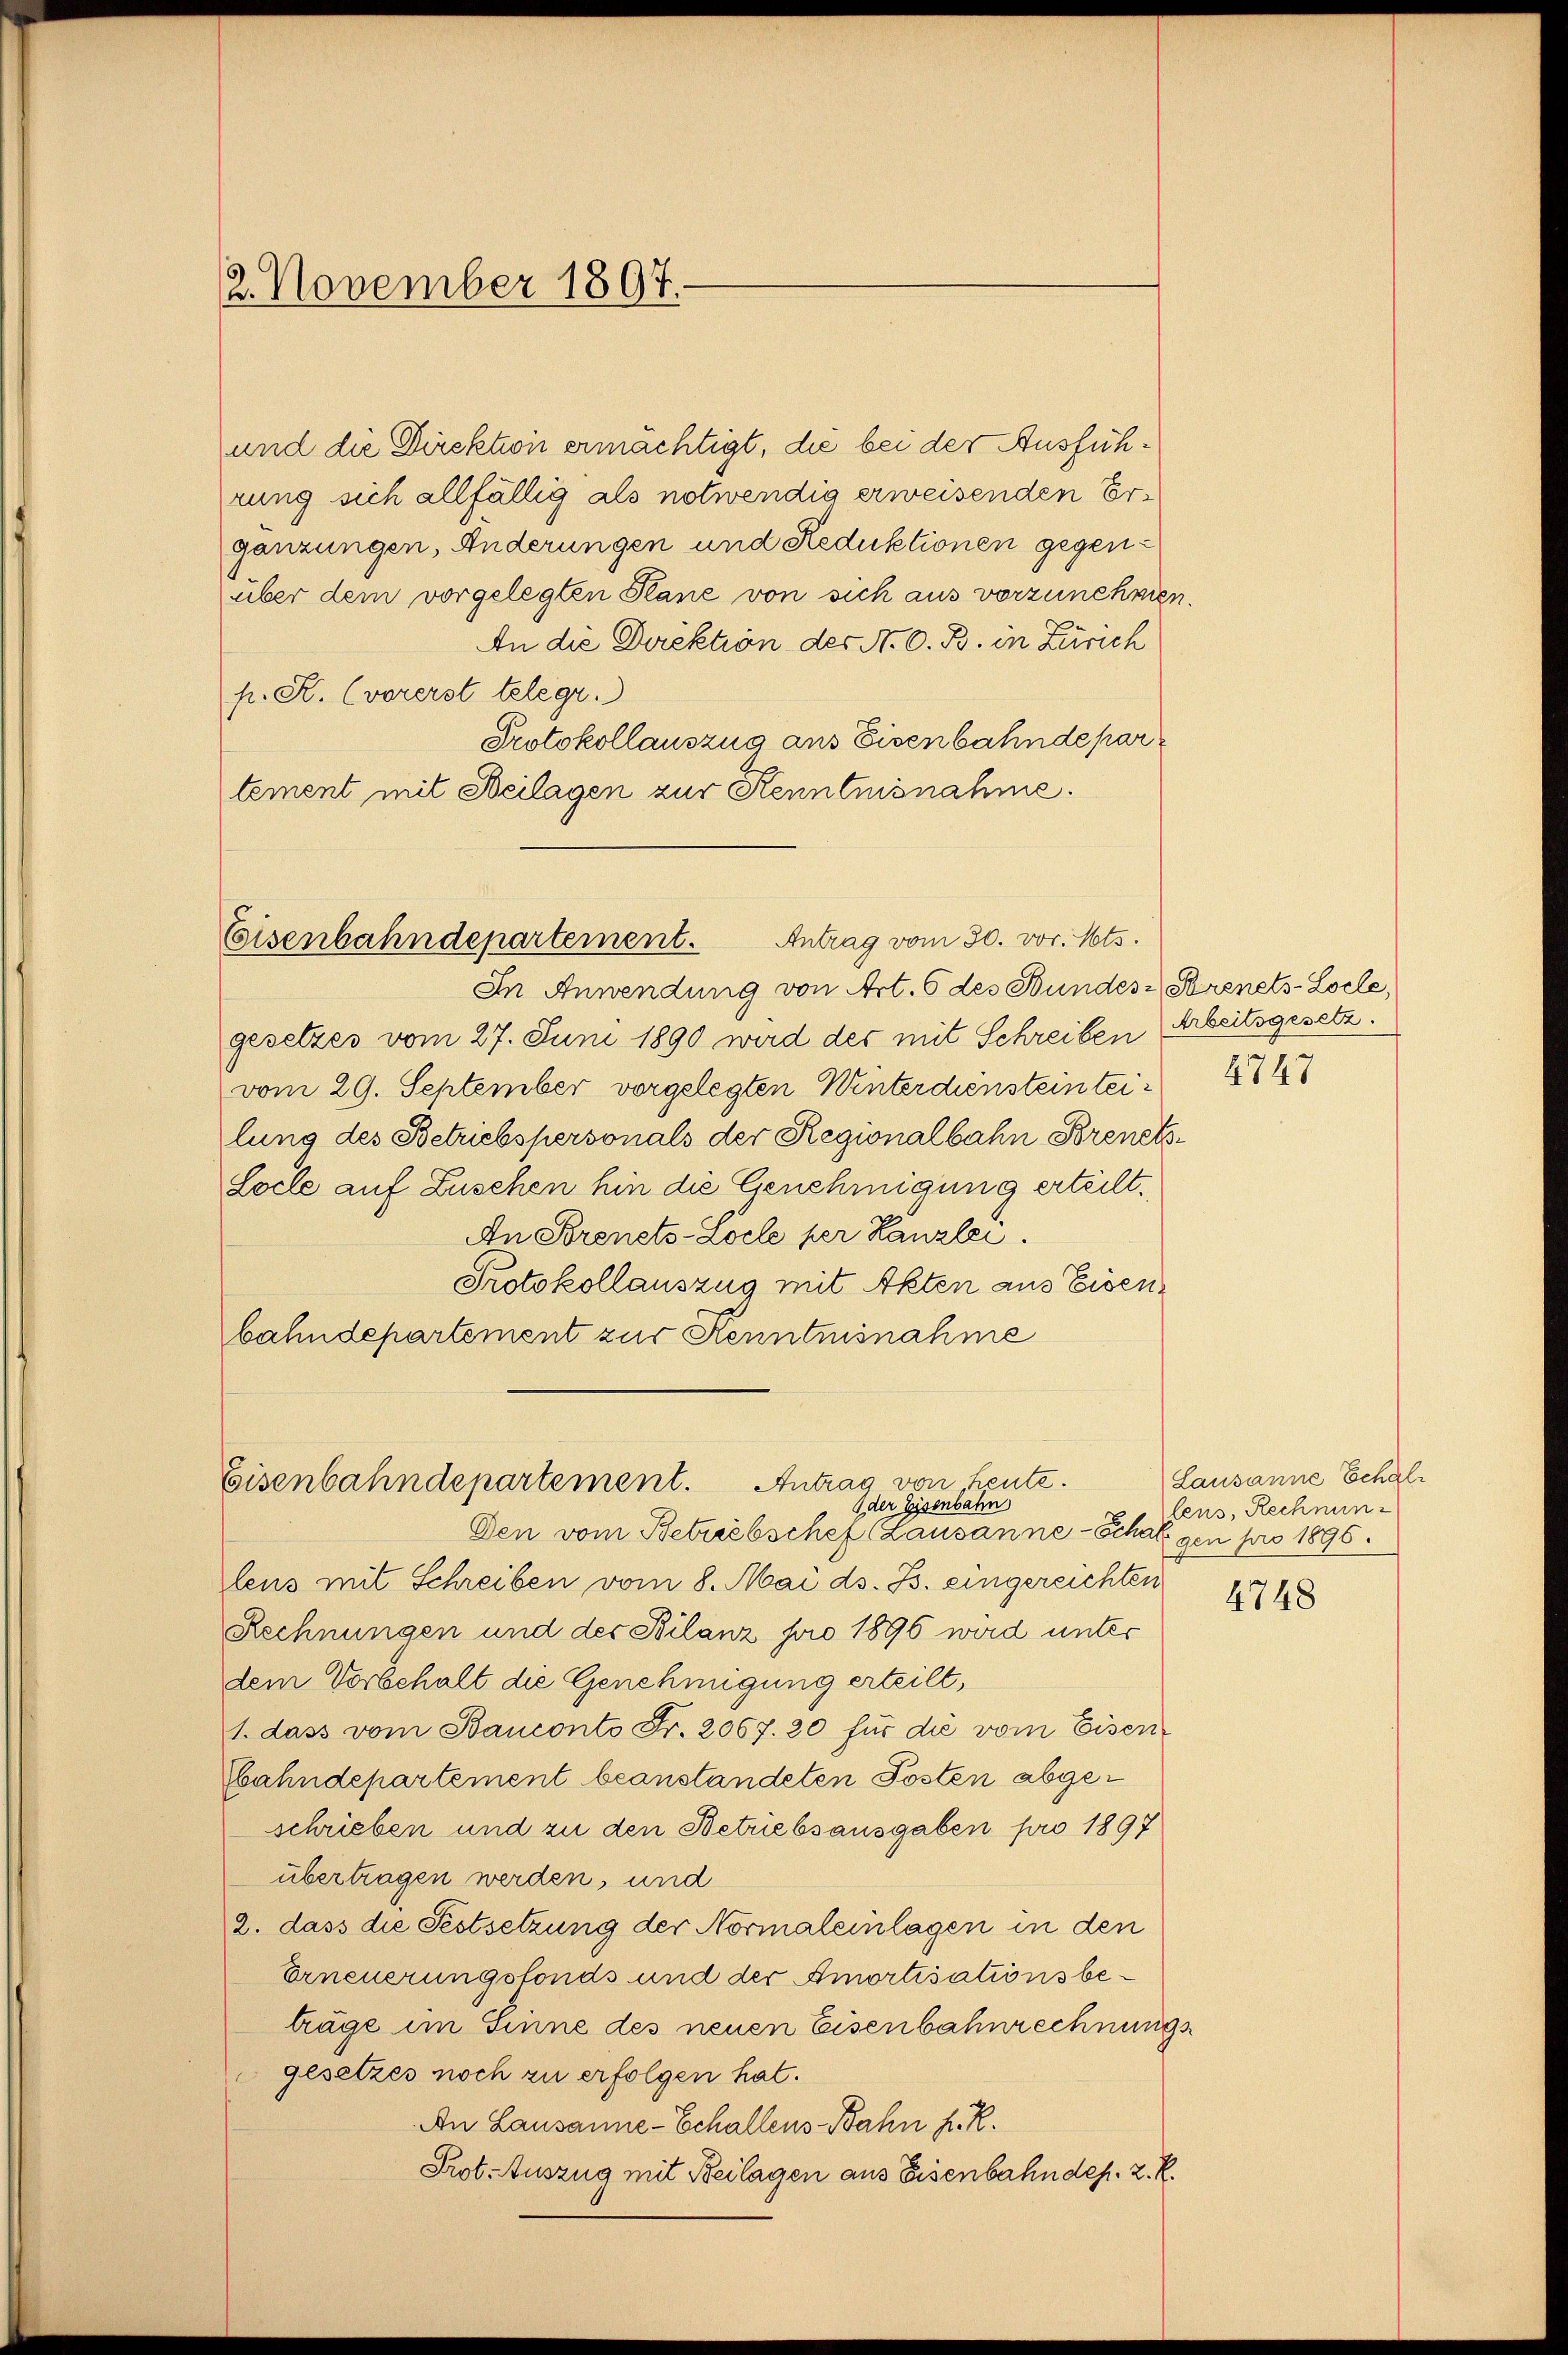
2. November 1897.

und die Direktion ermächtigt, die bei der Ausführung sich allfällig als notwendig erweisenden Ergänzungen, Änderungen und Reduktionen gegenüber dem vorgelegten Hane von sich aus vorzunehmen.
An die Direktion des N. O. B. in Zürich
p. R. (vorerst telegr.
Protokollauszug aus Eisenbahndepartement mit Heilagen zur Kenntnisnahme.

Eisenbahndepartement. Antrag vom 30. vor. Mts.

Eisenbahndepartement. Antrag von heute.
Oder Eisenbahn

In Anwendung von Art. 6 des Bundes Serenets-Locle,
gesetzes vom 27. Juni 1890 wird der mit Schreiben Arbeitsgesetz.
vom 29. September vorgelegten Winterdienstein teilung des Betriebspersonals der Regionalbahn Brenets¬
Loche auf Zuschen hin die Genehmigung erteilt.
An Sorenets-Locle per Kanzlei.
Protokollauszug mit Akten aus Eisenbahndepartement zur Kenntnisnahme
Den vom Betriebschef (Lausanne-Schal gen pro 1896.
lens mit Schreiben vom 8. Mai ds. B. eingereichten
Rechnungen und der Bilanz pro 1896 wird unter
dem Vorbehalt die Genehmigung erteilt,
1. dass vom Bauconto Fr. 2067. 20 für die vom Eisen¬
Ebahndepartement beanstandeten Posten abgeschrieben und zu den Betriebsausgaben pro 1897
übertragen werden, und
2. dass die Festsetzung der Normaleinlagen in den
Erneuerungsfonds und der Amortisationsbeträge im Sinne des neuen Eisenbahnrechnungs
gesetzes noch zu erfolgen hat.
An Lausanne-Echallens Bahn h. R.
Prot. Auszug mit Beilagen aus Eisenbahndep. 2. R.

4747

Lausanne Echalfens, Rechnun-

4748